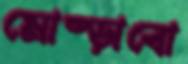
মোষ্‌ড়াবো